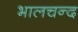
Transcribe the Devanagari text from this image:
भालचन्द